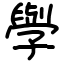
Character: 𫝯